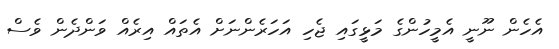
އެހެން ނޫނީ އެމީހުންގެ މަޅީގައި ޖެހި އަހަރެންނަށް އެތައް އިރެއް ވަންދެން ވެސް